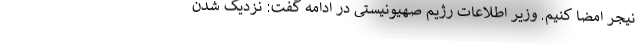
نیجر امضا کنیم. وزیر اطلاعات رژیم صهیونیستی در ادامه گفت: نزدیک شدن